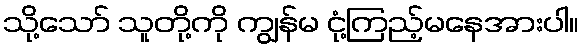
သို့သော် သူတို့ကို ကျွန်မ ငုံ့ကြည့်မနေအားပါ။